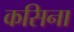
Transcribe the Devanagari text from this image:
कसिना